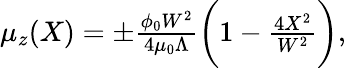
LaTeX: \begin{array}{r}{\mu_{z}(X)=\pm\frac{\phi_{0}W^{2}}{4\mu_{0}\Lambda}\biggl(1-\frac{4X^{2}}{W^{2}}\biggr),}\end{array}